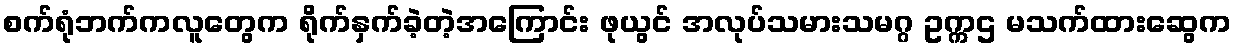
စက်ရုံဘက်ကလူတွေက ရိုက်နှက်ခဲ့တဲ့အကြောင်း ဖုယွင် အလုပ်သမားသမဂ္ဂ ဥက္ကဌ မသက်ထားဆွေက